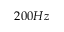
2 0 0 H z